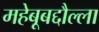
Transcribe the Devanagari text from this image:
महेबूबद्दौल्ला